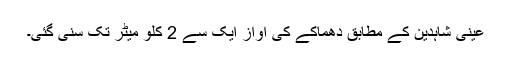
عینی شاہدین کے مطابق دھماکے کی آواز ایک سے 2 کلو میٹر تک سنی گئی۔